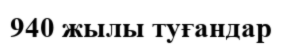
940 жылы туғандар